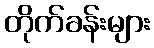
တိုက်ခန်းများ